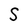
Character: S